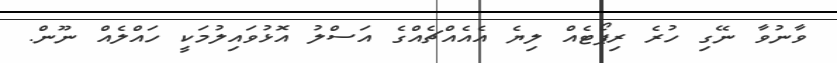
ވާނުވާ ނޭގި ހުރެ ރިޕޯޓެއް ލިޔެ އެއެއްޗެއްގެ އަސްލު އޮޅުވައިލުމަކީ ހައްލެއް ނޫން.